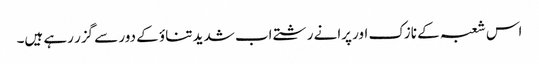
اس شعبہ کے نازک اور پرانے رشتے اب شدید تناؤ کے دور سے گزر رہے ہیں۔